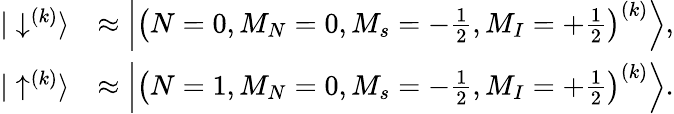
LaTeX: \begin{array}{rl}{|\downarrow^{(k)}\rangle}&{\approx\left|\left(N=0,M_{N}=0,M_{s}=-\frac{1}{2},M_{I}=+\frac{1}{2}\right)^{(k)}\right\rangle,}\\ {|\uparrow^{(k)}\rangle}&{\approx\left|\left(N=1,M_{N}=0,M_{s}=-\frac{1}{2},M_{I}=+\frac{1}{2}\right)^{(k)}\right\rangle.}\end{array}